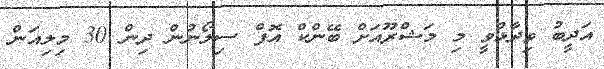
އަދީބު ވިދާޅުވީ މި މަޝްރޫއަށް ބޭންކް އޮފް ސިލޯނުން ދިން 30 މިލިއަން